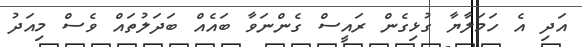
އަދި އެ ހަމަލާޔާ ގުޅިގެން ރައީސް ގެންނަވާ ބައެއް ބަދަލުތައް ވެސް މިއަދު